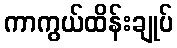
ကာကွယ်ထိန်းချုပ်